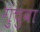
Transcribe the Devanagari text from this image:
गुंचुवा